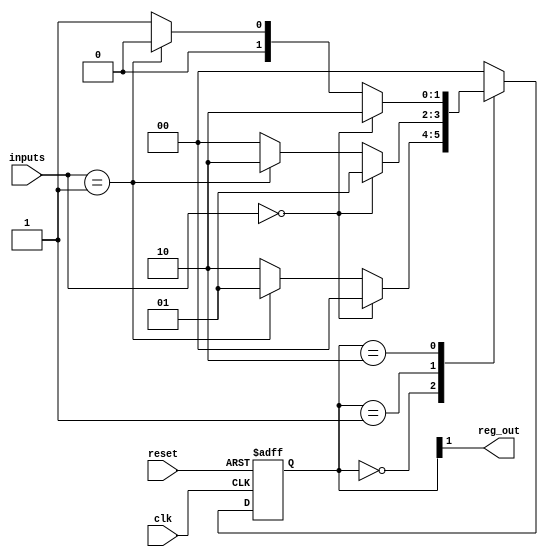
module state_machine (
    input wire clk,
    input wire reset,
    input wire [1:0] inputs,
    output wire reg_out
);

// State encoding
parameter S0 = 2'b00;
parameter S1 = 2'b01;
parameter S2 = 2'b10;

// State signals
reg [1:0] state, next_state;

// State machine logic
always @(posedge clk or posedge reset) begin
    if (reset) begin
        state <= S0;
    end else begin
        state <= next_state;
    end
end

always @* begin
    case (state)
        S0: begin
            if (inputs == 2'b00) begin
                next_state = S0;
            end else if (inputs == 2'b01) begin
                next_state = S1;
            end else begin
                next_state = S2;
            end
        end
        
        S1: begin
            if (inputs == 2'b00) begin
                next_state = S1;
            end else if (inputs == 2'b01) begin
                next_state = S2;
            end else begin
                next_state = S0;
            end
        end
        
        S2: begin
            if (inputs == 2'b00) begin
                next_state = S2;
            end else if (inputs == 2'b01) begin
                next_state = S0;
            end else begin
                next_state = S1;
            end
        end
        
        default: begin
            next_state = S0;
        end
    endcase
end

// Output logic
assign reg_out = state[1];

endmodule